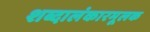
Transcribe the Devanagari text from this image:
शब्दालंकारमूलक